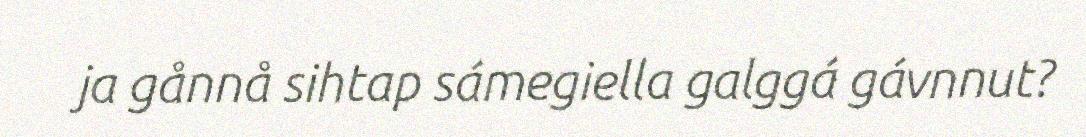
ja gånnå sihtap sámegiella galggá gávnnut?